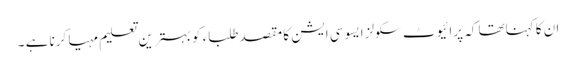
ان کا کہناتھا کہ پرائیوٹ سکولز ایسوسی ایشن کا مقصدطلباء کو بہترین تعلیم مہیا کرنا ہے ۔